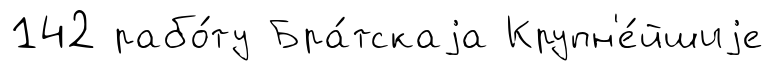
142 рабо́ту Бра́тскаjа Крупн'е́йшиjе